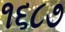
૧૬૮૭